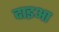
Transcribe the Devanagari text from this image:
दाइआ